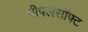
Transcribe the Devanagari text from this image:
पीपलसॉफ्ट